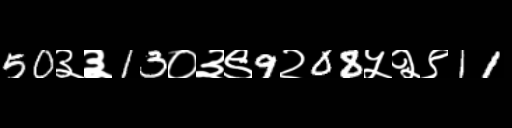
Text: 50३३13०३९9२08५२९11